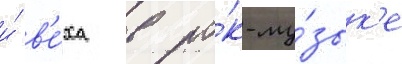
и́ в'е́ха в ро́к-му́зык'е